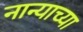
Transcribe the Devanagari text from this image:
नान्याच्या